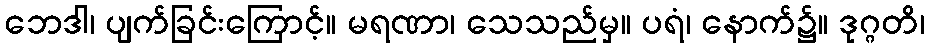
ဘေဒါ၊ ပျက်ခြင်းကြောင့်။ မရဏာ၊ သေသည်မှ။ ပရံ၊ နောက်၌။ ဒုဂ္ဂတိ၊